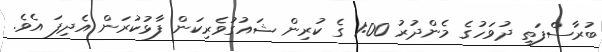
ބުރާސްފަތި ދުވަހުގެ މެންދުރު 1:00 ގެ ކުރިން ޝައުގުވެރިކަން ފާޅުކުރަން އެދިފަ އެވެ.